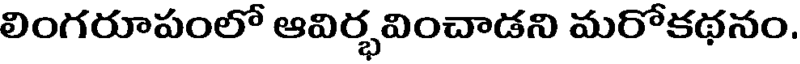
లింగరూపంలో ఆవిర్భవించాడని మరోకథనం.